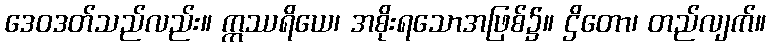
ဒေဝဒတ်သည်လည်း။ ဣဿရိယေ၊ အစိုးရသောအဖြစ်၌။ ဌိတော၊ တည်လျက်။